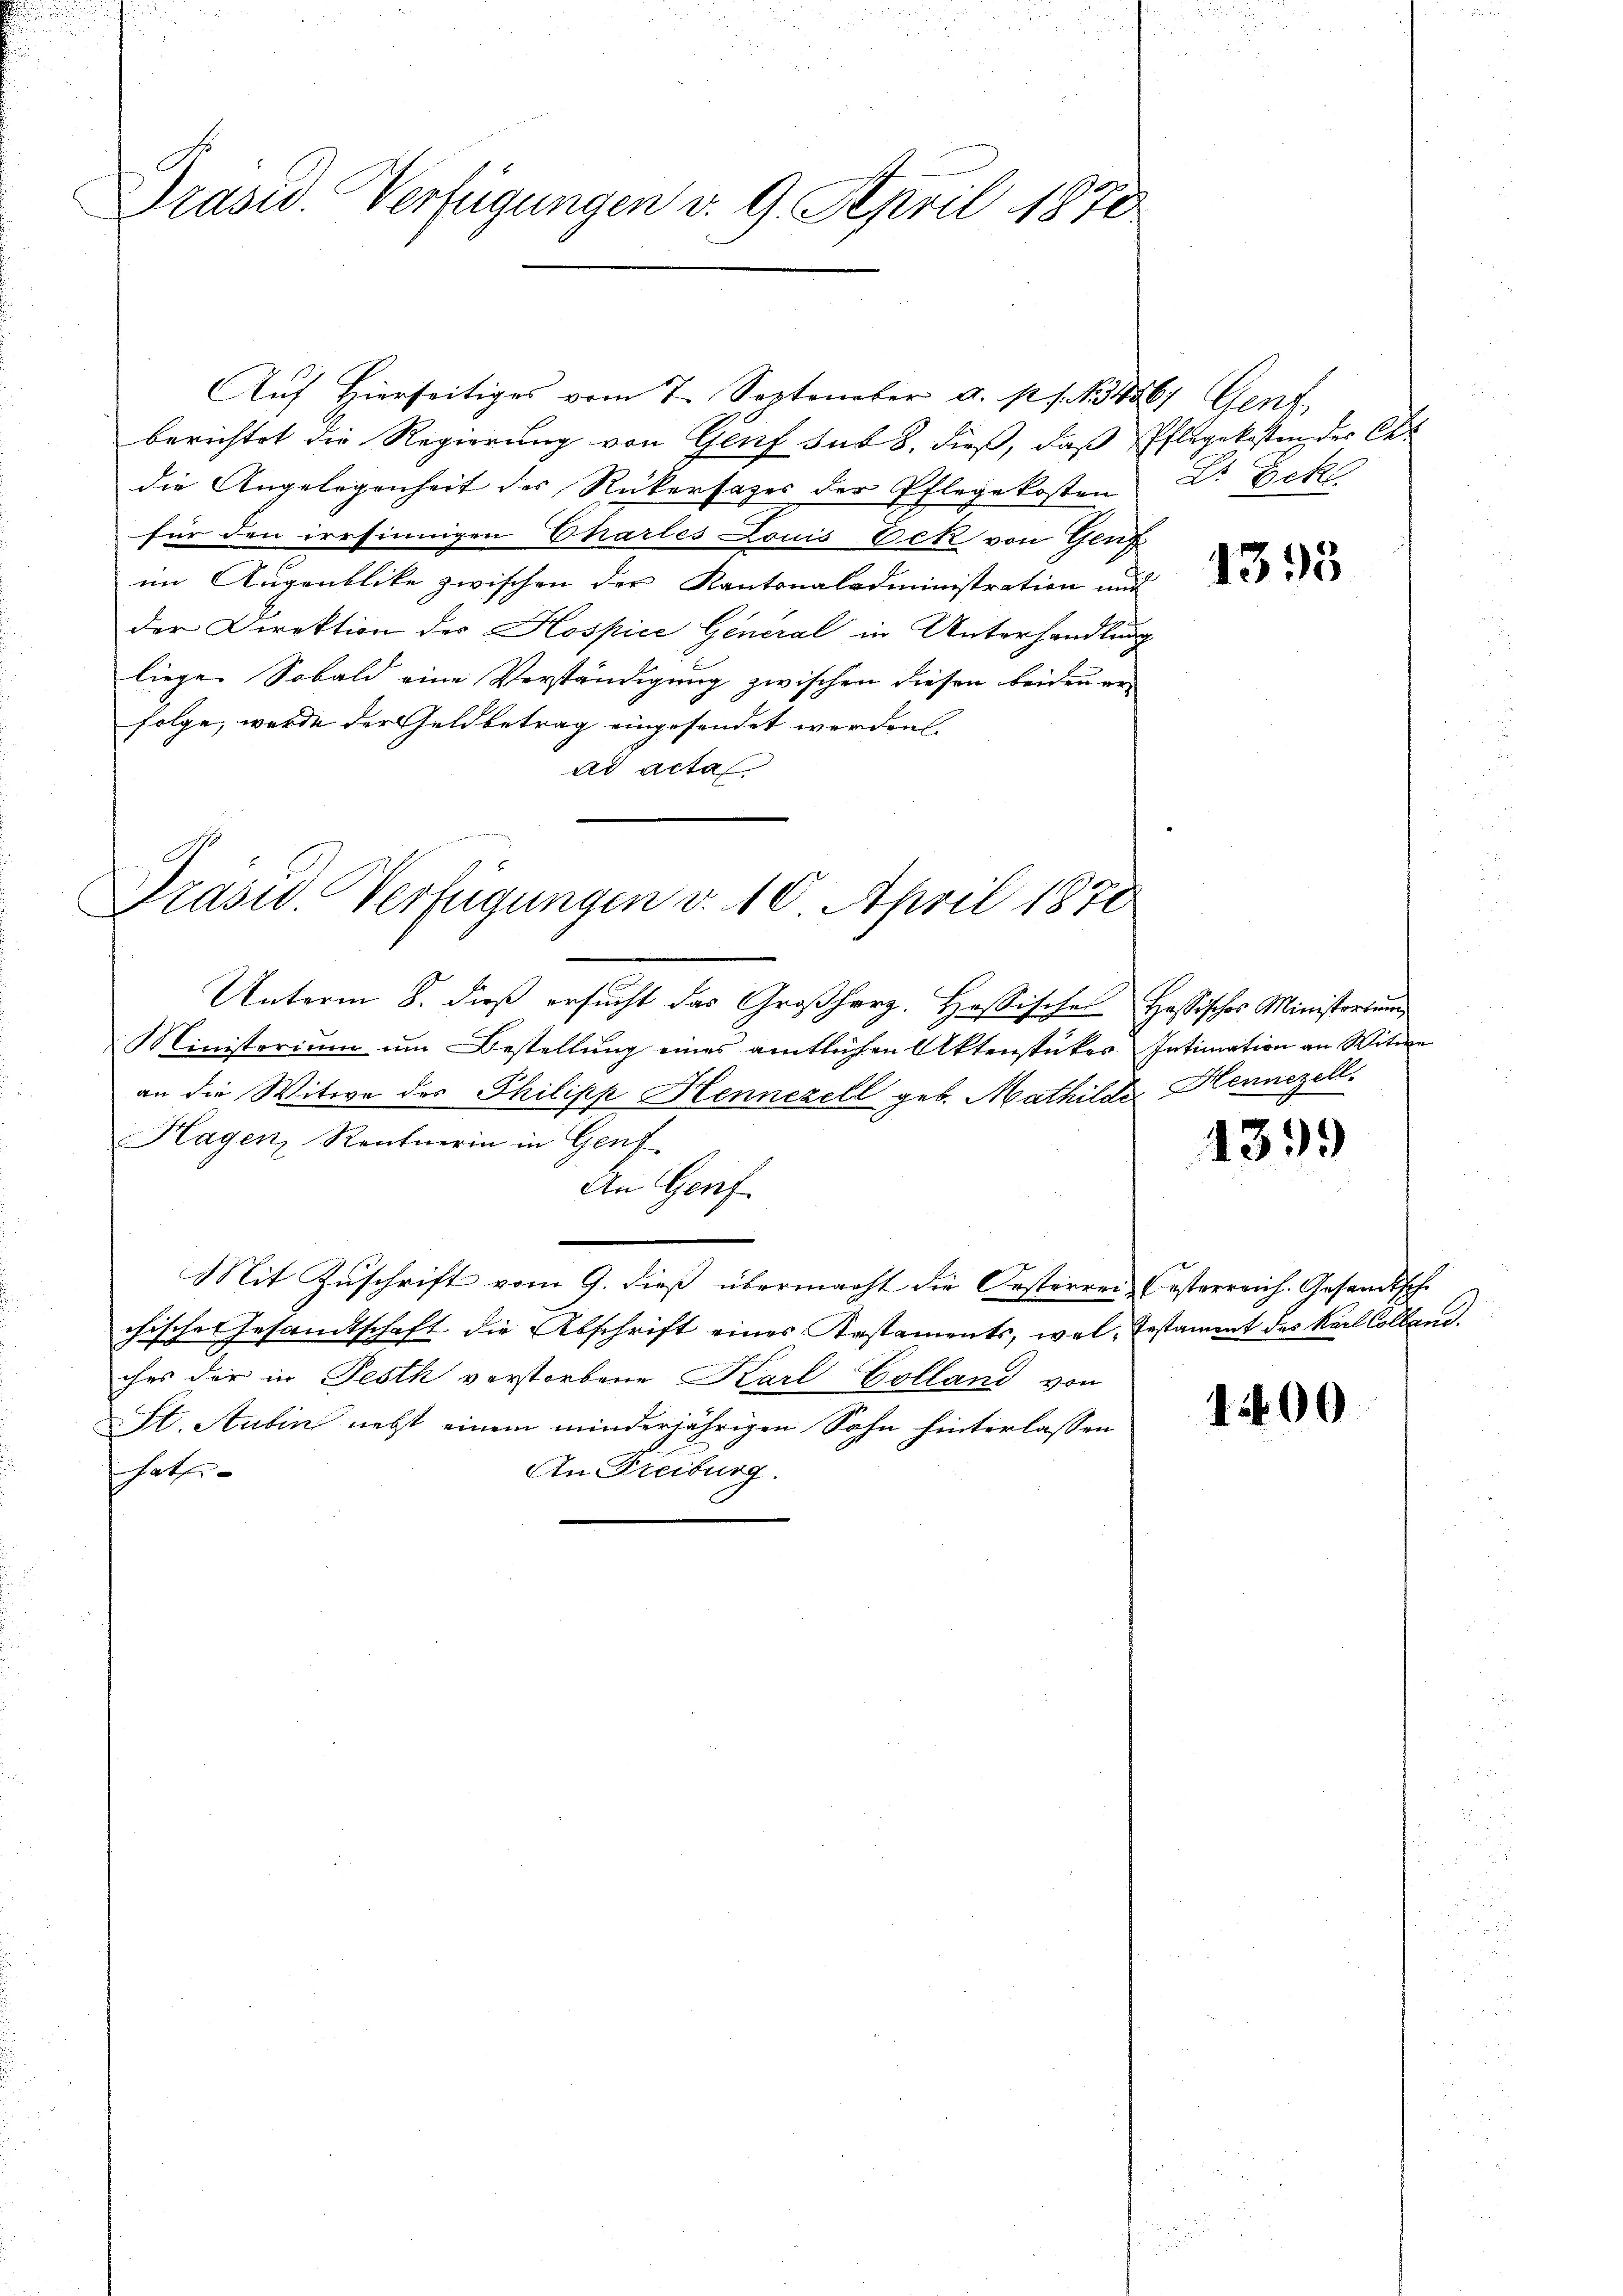
¬

Präsid. Verfügungen v. 9. April 1870

Auf Hierseitiges vom 7. September a. pr. 1886) Genf
berichtet die Regierung von Genf sub 8. dieß, daß Pflegekosten des C.
die Angelegenheit der Rükersages der Pflegekosten Dr. Bekl
für den irrsinnigen Chartes Louis Eek von Genf
im Augenblike zwischen der Kantonaladministration und
der Direktion des Hospice General in Unterhandlung
liege. Sobald eine Verständigung zwischen diesen beiden er-
folge, wurde der Geldbetrag eingesendet werden
ad acta

Präsid. Verfügungen v. 10. April 1870

Unterm 8. dieß ersucht das Großherz. Hassische Hassisches Ministerium
Ministerium um Bestellung eines amtlichen Aktenstükes Intimation an Witwe
an die Witwe des Philipp Hennezell geb. Mathilde Hennezell.
Hagen, Rentnerin in Genf
An Genf
Mit Zŭschrift vom 9. dieß übermacht die Oesterrei- Casterreich. Gesandtsche
chische Gesandtschaft die Abschrift eines Testaments, wel, Testament des Karl Colland.
ches der in Festh verstorbene Karl Colland von
St. Aubin nebst einem minderjährigen Sohn hinterlassen
An Freiburg.
hath- |

1395

4399

1400